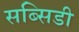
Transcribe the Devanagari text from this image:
सब्‍सिडी